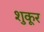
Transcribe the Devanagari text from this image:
शुकूर